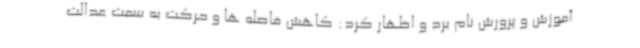
آموزش و پرورش نام برد و اظهار کرد: کاهش فاصله ها و حرکت به سمت عدالت